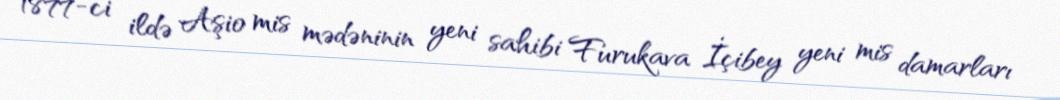
1877-ci ildə Aşio mis mədəninin yeni sahibi Furukava İçibey yeni mis damarları